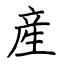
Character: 産